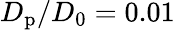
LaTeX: D_{\mathrm{p}}/D_{0}=0.01